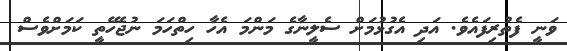
ވަނީ ފެތުރިފައެވެ. އަދި އެގުޅުމަށް ސެލީނާގެ މަންމަ އެހާ ހިތްހަމަ ނުޖެހޭތީ ކަމަށްވެސް